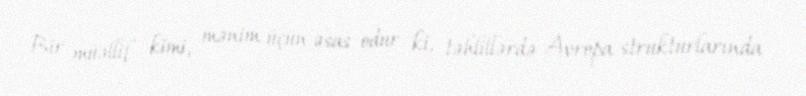
Bir müəllif kimi, mənim üçün əsas odur ki, təhlillərdə Avropa strukturlarında